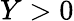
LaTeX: Y>0